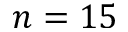
n = 1 5